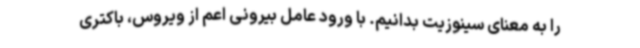
را به معنای سینوزیت بدانیم. با ورود عامل بیرونی اعم از ویروس، باکتری